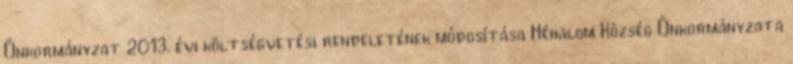
Önkormányzat 2013. évi költségvetési rendeletének módosítása Héhalom Község Önkormányzata